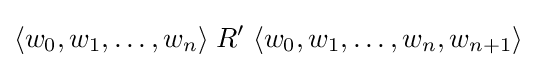
\langle w_{0},w_{1},\dots ,w_{n}\rangle \;R'\;\langle w_{0},w_{1},\dots ,w_{n},w_{n+1}\rangle